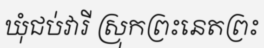
ឃុំជប់វារី ស្រុកព្រះនេតព្រះ